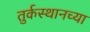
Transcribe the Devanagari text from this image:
तुर्कस्थानच्या